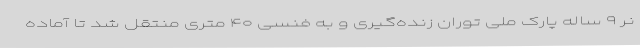
نر ۹ ساله پارک ملی توران زنده‌گیری و به فنسی ۴۰ متری منتقل شد تا آماده